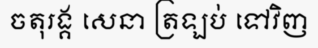
ចតុរង្គ សេនា ត្រឡប់ ទៅវិញ